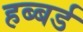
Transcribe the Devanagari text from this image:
हब्बर्ड